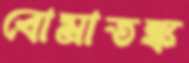
বোমাতঙ্ক